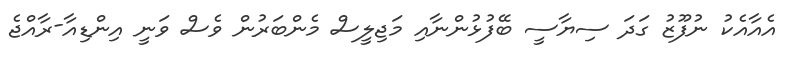
އެއާއެކު ނުފޫޒު ގަދަ ސިޔާސީ ބޭފުޅުންނާއި މަޖިލީސް މެންބަރުން ވެސް ވަނީ އިންޑިއާ-ރާއްޖެ